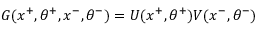
G ( x ^ { + } , \theta ^ { + } , x ^ { - } , \theta ^ { - } ) = U ( x ^ { + } , \theta ^ { + } ) V ( x ^ { - } , \theta ^ { - } )